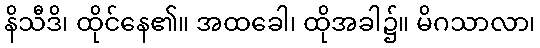
နိသီဒိ၊ ထိုင်နေ၏။ အထခေါ၊ ထိုအခါ၌။ မိဂသာလာ၊